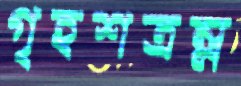
গৃহশত্রম্ন